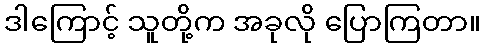
ဒါကြောင့် သူတို့က အခုလို ပြောကြတာ။